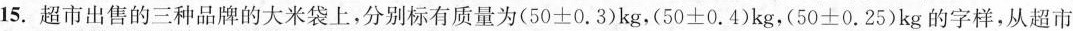
15.超市出售的三种品牌的大米袋上，分别标有质量为(50±0.3)kg，(50±0.4)kg，(50±0.25)kg的字样，从超市